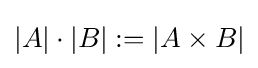
|A|\cdot |B|:=|A\times B|